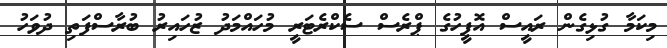
މިކަމާ ގުޅިގެން ރައީސް އޮފީހުގެ ޕްރެސް ސެކްރެޓަރީ މުހައްމަދު ޒުހައިރު ބުރާސްފަތި ދުވަހު